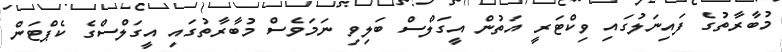
މުބާރާތުގެ ފައިނަލުގައި ވިކްޓަރީ އަތުން އީގަލްސް ބަލިވި ނަމަވެސް މުބާރާތުގައި އީގަލްސްގެ ކެޕްޓަން